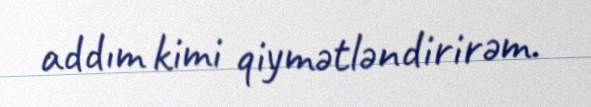
addım kimi qiymətləndirirəm.